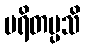
ပရိတပ္ပသိ